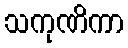
သကုဏိကာ